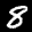
Label: 8